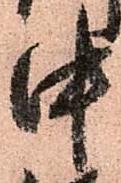
中